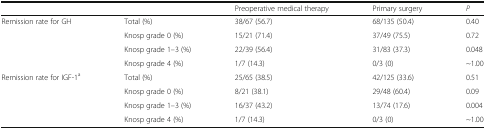
<table><thead><tr><td>[EMPTY_CELL]</td><td>[EMPTY_CELL]</td><td><b>Preoperative medical therapy</b></td><td><b>Primary surgery</b></td><td><b><i>P</i></b></td></tr></thead><tbody><tr><td rowspan="4">Remission rate for GH</td><td>Total (%)</td><td>38/67 (56.7)</td><td>68/135 (50.4)</td><td>0.40</td></tr><tr><td>Knosp grade 0 (%)</td><td>15/21 (71.4)</td><td>37/49 (75.5)</td><td>0.72</td></tr><tr><td>Knosp grade 1–3 (%)</td><td>22/39 (56.4)</td><td>31/83 (37.3)</td><td>0.048</td></tr><tr><td>Knosp grade 4 (%)</td><td>1/7 (14.3)</td><td>0/3 (0)</td><td>~1.00</td></tr><tr><td rowspan="4">Remission rate for IGF-1<sup>a</sup></td><td>Total (%)</td><td>25/65 (38.5)</td><td>42/125 (33.6)</td><td>0.51</td></tr><tr><td>Knosp grade 0 (%)</td><td>8/21 (38.1)</td><td>29/48 (60.4)</td><td>0.09</td></tr><tr><td>Knosp grade 1–3 (%)</td><td>16/37 (43.2)</td><td>13/74 (17.6)</td><td>0.004</td></tr><tr><td>Knosp grade 4 (%)</td><td>1/7 (14.3)</td><td>0/3 (0)</td><td>~1.00</td></tr></tbody></table>